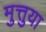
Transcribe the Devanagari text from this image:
मुत्तुया